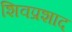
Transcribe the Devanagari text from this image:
शिवप्रशाद